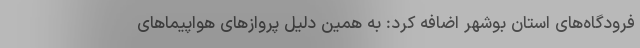
فرودگاه‌های استان بوشهر اضافه کرد: به همین دلیل پروازهای هواپیماهای